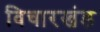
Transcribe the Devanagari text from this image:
विचारखंड